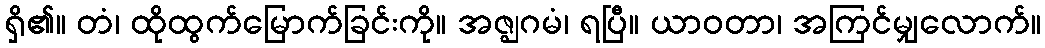
ရှိ၏။ တံ၊ ထိုထွက်မြောက်ခြင်းကို။ အဇ္ဈဂမံ၊ ရပြီ။ ယာဝတာ၊ အကြင်မျှလောက်။